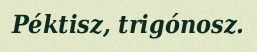
Péktisz, trigónosz.